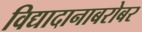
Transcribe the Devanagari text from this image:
विद्यादानाबरोबर